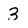
Character: 3